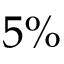
5 \%